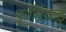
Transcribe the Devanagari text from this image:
कृर्त्तिकई